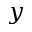
y